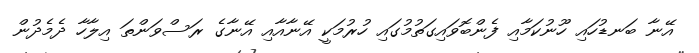
އޭނާ ބަނޑުހައި ހޫނުކަމާއި ފެންބޮވައިގަތުމުގައި ހުރުމަކީ އޭނާއާއި އޭނާގެ ރަސްވަންތަ އިލާހާ ދެމެދުން